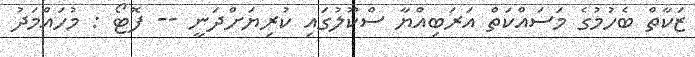
ޒަކާތް ބެހުމުގެ މަސައްކަތް އަރަބިއްުޔާ ސްކޫލުގައި ކުރިޔަށްދަނީ -- ފޮޓޯ : މުހައްމަދު